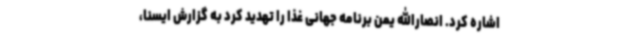
اشاره کرد. انصارالله یمن برنامه جهانی غذا را تهدید کرد به گزارش ایسنا،